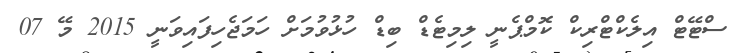
ސްޓޭޓް އިލެކްޓްރިކް ކޮމްޕެނީ ލިމިޓެޑް ބިޑް ހުޅުވުމަށް ހަމަޖެހިފައިވަނީ 2015 މޭ 07